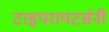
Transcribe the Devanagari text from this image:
टाइपरायटर्सनी